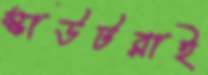
স্কাউটরাই